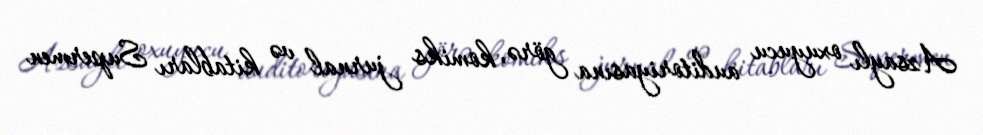
Azsaylı oxuyucu auditoriyasına görə, komiks jurnal və kitabları Supermen